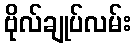
ဗိုလ်ချုပ်လမ်း